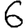
Digit: 6